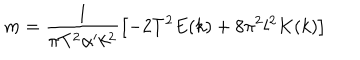
m = \frac { l } { \pi T ^ { 2 } \alpha ^ { \prime } k ^ { 2 } } \left[ - 2 T ^ { 2 } E ( k ) + 8 \pi ^ { 2 } l ^ { 2 } K ( k ) \right]